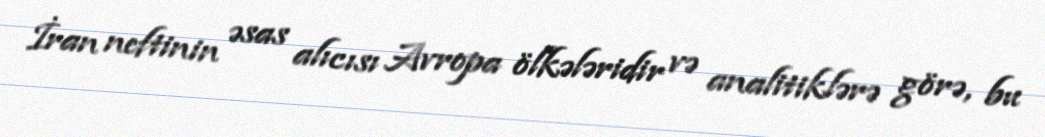
İran neftinin əsas alıcısı Avropa ölkələridir və analitiklərə görə, bu